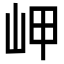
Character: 岬